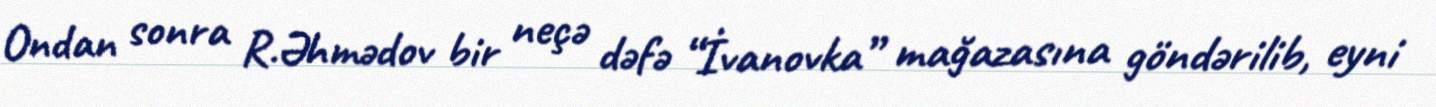
Ondan sonra R.Əhmədov bir neçə dəfə “İvanovka” mağazasına göndərilib, eyni